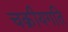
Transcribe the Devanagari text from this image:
चक्रीयगति